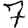
Digit: 7